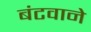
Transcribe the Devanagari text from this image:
बंटवाने